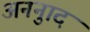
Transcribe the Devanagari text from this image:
अननुाद